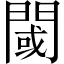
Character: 閾